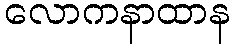
လောကနာထာန